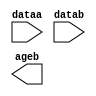
module copm_test (
	dataa,
	datab,
	ageb);

	input	[18:0]  dataa;
	input	[18:0]  datab;
	output	  ageb;

endmodule